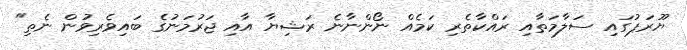
ޔޫރަޕުގައި ސަލާމަތާއި ރައްކާތެރި ކަމެއް ނޯންނާނެ ރަޝިޔާ އާއި ޖަރުމަނުގެ ބައިވެރިވުން ނެތި"